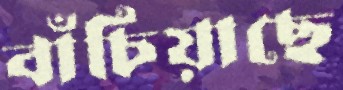
বাঁচিয়াছে